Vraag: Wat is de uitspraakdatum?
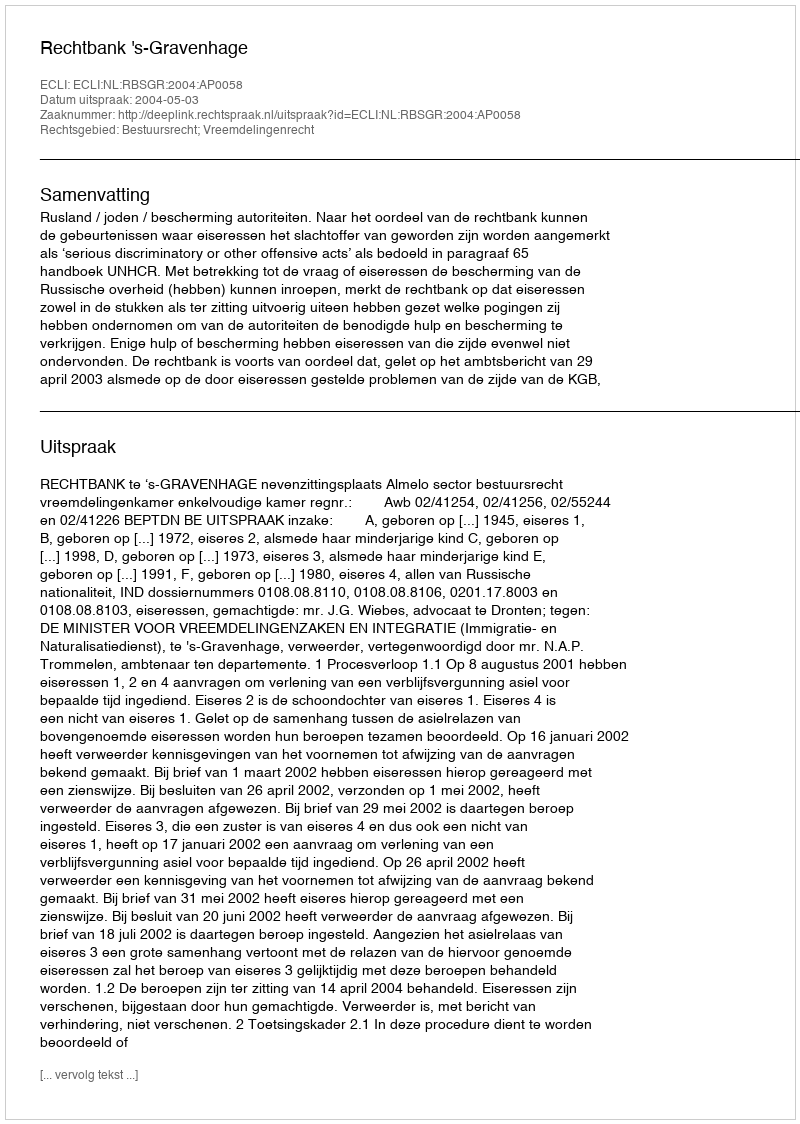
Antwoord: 2004-05-03